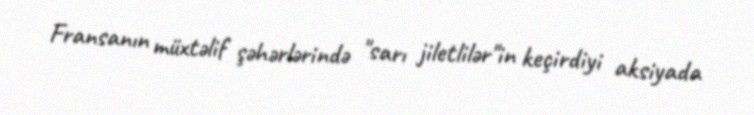
Fransanın müxtəlif şəhərlərində "sarı jiletlilər"in keçirdiyi aksiyada